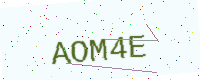
Text: AOM4E